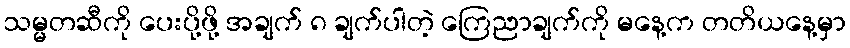
သမ္မတဆီကို ပေးပို့ဖို့ အချက် ၈ ချက်ပါတဲ့ ကြေညာချက်ကို မနေ့က တတိယနေ့မှာ